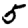
Digit: 5